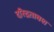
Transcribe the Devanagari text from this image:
दरिद्रतावश